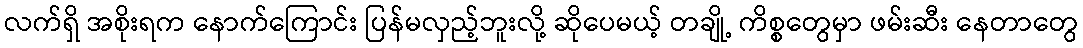
လက်ရှိ အစိုးရက နောက်ကြောင်း ပြန်မလှည့်ဘူးလို့ ဆိုပေမယ့် တချို့ ကိစ္စတွေမှာ ဖမ်းဆီး နေတာတွေ